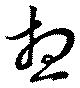
想